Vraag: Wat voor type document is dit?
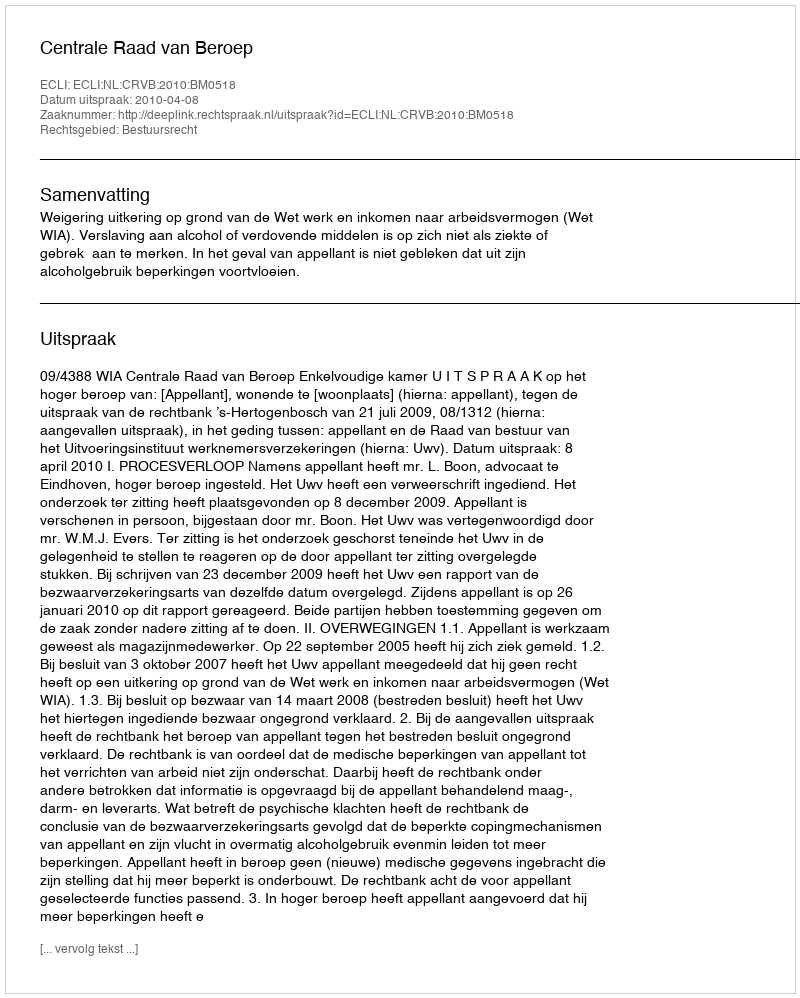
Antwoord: Uitspraak